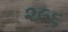
૨૯૬